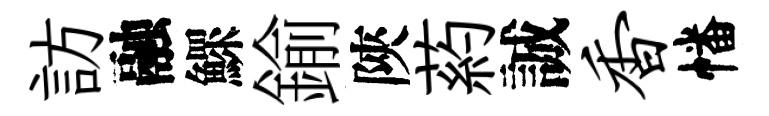
訪融鰥鍮陝葯誠香幡